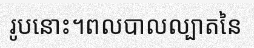
រូបនោះ។ពលបាលល្បាតនៃ